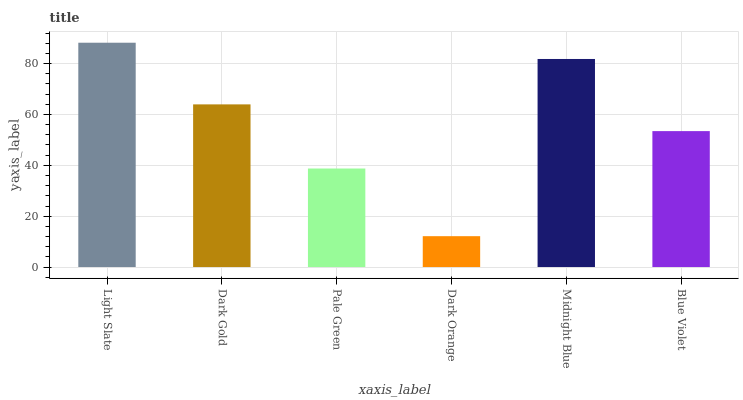
| xaxis_label | bars |
 | --- | --- |
 | Light Slate | 88.2 |
 | Dark Gold | 64 |
 | Pale Green | 38.7 |
 | Dark Orange | 12.1 |
 | Midnight Blue | 81.8 |
 | Blue Violet | 53.5 |